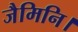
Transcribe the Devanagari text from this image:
जैमिनि।